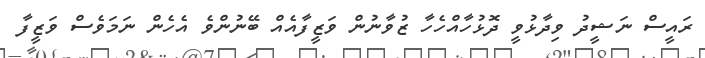
ރައީސް ނަޝީދު ވިދާޅުވީ ދޮޅުހާއްހެހާ ޒުވާނުން ވަޒީފާއެއް ބޭނުންވެ އެހެން ނަމަވެސް ވަޒީފާ